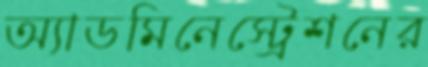
অ্যাডমিনেস্ট্রেশনের